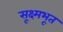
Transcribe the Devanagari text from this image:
सूक्ष्मभूत